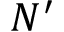
N ^ { \prime }